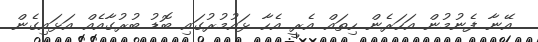
އޭނާ ފެނުމުން އަހަރެން ހިތައް އެރީ އެހާ ޅައުމުރުގައި ބޮޑު ބުރުގާއެއް އަޅައިގެން